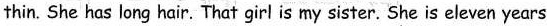
very thin. She has long hair.That girlis my sister.She is eleven years